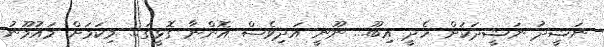
ނަޝީދު ނަޝީދަކަށް ހެދީ އިބޫ... ނޫނީ އަދިވެސް އޮންނާ ގޮޅީގަ... މިކަމަށް މައުމޫނު